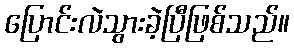
ပြောင်းလဲသွားခဲ့ပြီဖြစ်သည်။